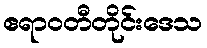
ဧရာဝတီတိုင်းဒေသ